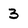
Character: 3